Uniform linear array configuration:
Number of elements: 24
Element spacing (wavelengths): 1
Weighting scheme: hann
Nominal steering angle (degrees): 0
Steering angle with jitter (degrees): -0.06139
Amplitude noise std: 0.05
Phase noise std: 0.05

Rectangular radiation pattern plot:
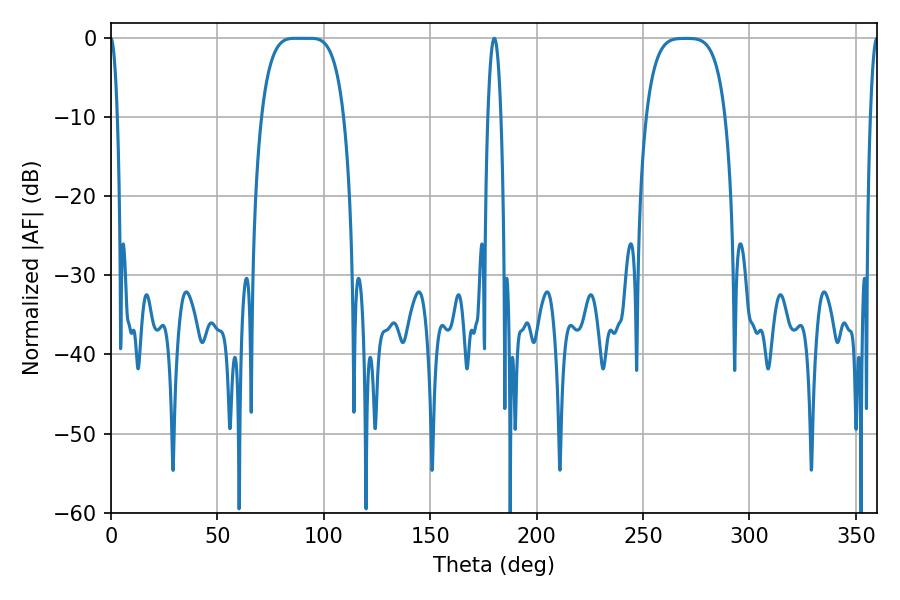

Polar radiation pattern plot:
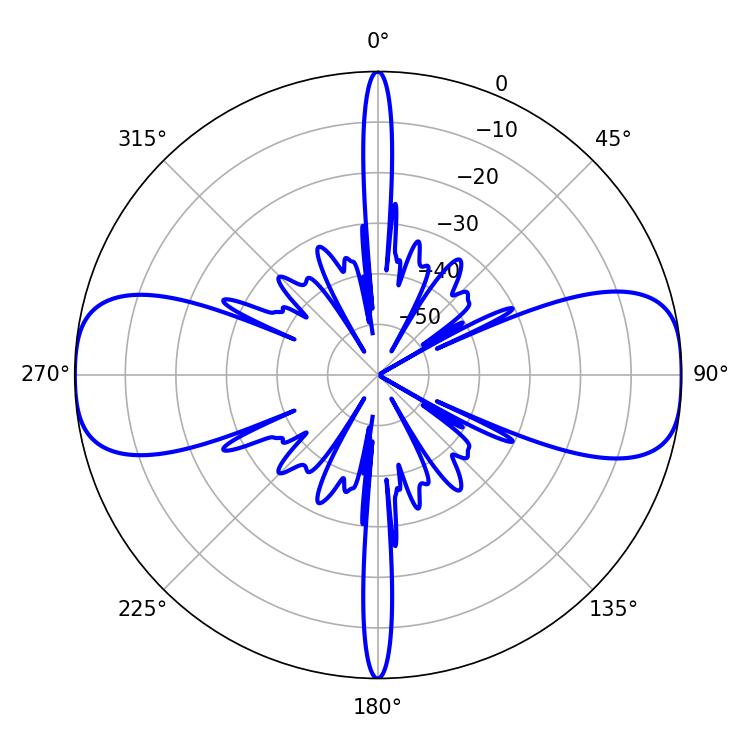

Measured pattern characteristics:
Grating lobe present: TRUE
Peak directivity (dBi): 17.673
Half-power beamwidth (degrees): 29.16
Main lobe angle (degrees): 86.58